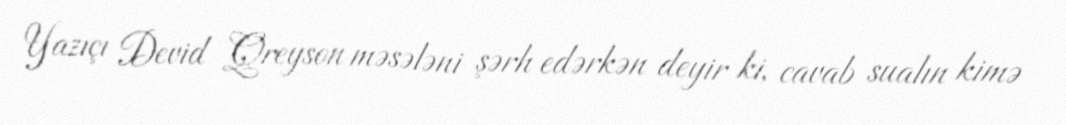
Yazıçı Devid Qreyson məsələni şərh edərkən deyir ki, cavab sualın kimə